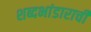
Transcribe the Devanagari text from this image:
शब्दभांडाराची